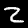
Digit: 2